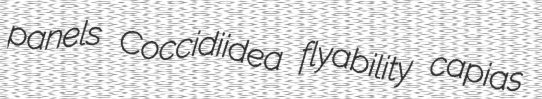
panels Coccidiidea flyability capias